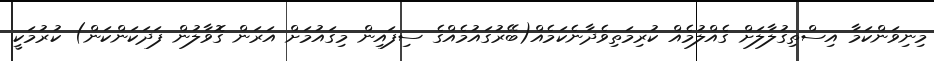
މިނިވަންކަމާ އިސްތިގުލާލަށް ގެއްލުމެއް ކުރިމަތިވެދާނެކަމެއް(ބޭރުގައުމެއްގެ ސިފައިން މިގައުމަށް އަރަން ގޮވާލުން ފަދަކަންކަން) ކުރުމަކީ